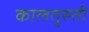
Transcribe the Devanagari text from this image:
कालतुरुती